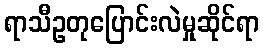
ရာသီဥတုပြောင်းလဲမှုဆိုင်ရာ